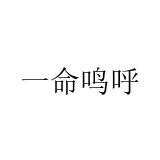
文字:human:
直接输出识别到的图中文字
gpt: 一命鸣呼